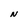
Character: N